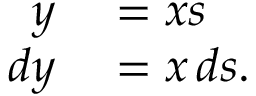
\begin{array} { r l } { y } & { { } = x s } \\ { d y } & { { } = x \, d s . } \end{array}